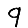
Digit: 9